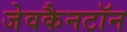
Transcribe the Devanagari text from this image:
जेवकैनटॉन